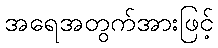
အရေအတွက်အားဖြင့်